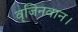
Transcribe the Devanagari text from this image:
वृजिनवान।